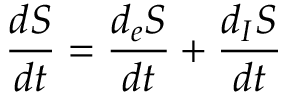
\frac { d S } { d t } = \frac { d _ { e } S } { d t } + \frac { d _ { I } S } { d t }